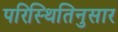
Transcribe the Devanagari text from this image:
परिस्थितिनुसार